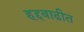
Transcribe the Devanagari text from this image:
हद्दवाढीत